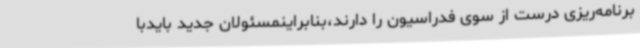
برنامه‌ریزی درست از سوی فدراسیون را دارند،بنابراینمسئولان جدید بایدبا